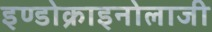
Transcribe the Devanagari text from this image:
इण्डोक्राइनोलाजी